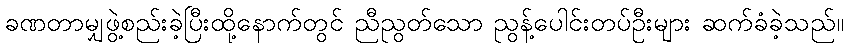
ခဏတာမျှဖွဲ့စည်းခဲ့ပြီးထို့နောက်တွင် ညီညွတ်သော ညွန့်ပေါင်းတပ်ဦးများ ဆက်ခံခဲ့သည်။